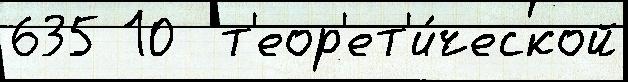
635 10  т'еор'ет'и́ческой